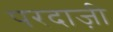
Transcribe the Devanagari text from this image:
परदाज़ी